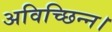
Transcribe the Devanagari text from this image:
अविच्छिन्न।